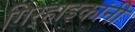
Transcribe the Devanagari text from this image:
गिर्‍हाइकांनी